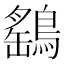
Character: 鷂